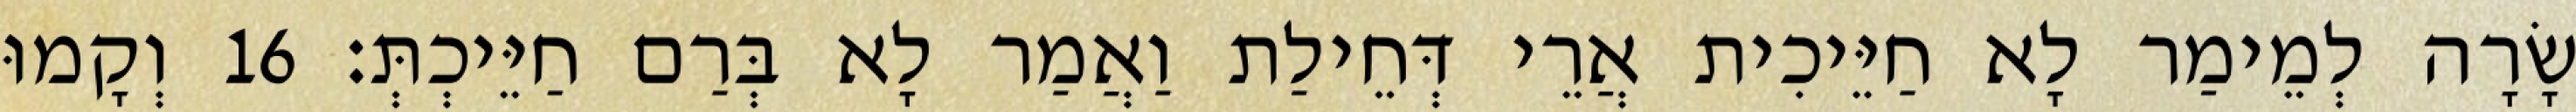
שָׂרָה לְמֵימַר לָא חַיֵּיכִית אֲרֵי דְּחֵילַת וַאֲמַר לָא בְּרַם חַיֵּיכְתְּ׃ 16 וְקָמוּ